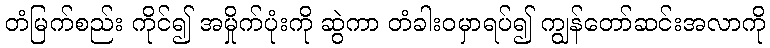
တံမြက်စည်း ကိုင်၍ အမှိုက်ပုံးကို ဆွဲကာ တံခါးဝမှာရပ်၍ ကျွန်တော်ဆင်းအလာကို